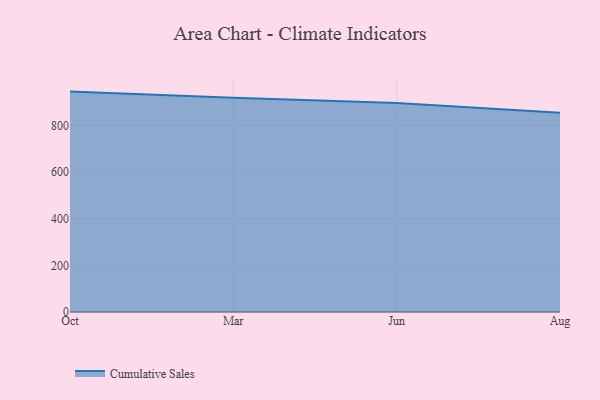
{"axis": {"x": "Month", "y": "Churn Rate (%)"}, "legend": ["Cumulative Sales"], "data": [{"x": "Oct", "y": 944.8, "type": "Cumulative Sales"}, {"x": "Mar", "y": 918.7, "type": "Cumulative Sales"}, {"x": "Jun", "y": 896.1, "type": "Cumulative Sales"}, {"x": "Aug", "y": 854.2, "type": "Cumulative Sales"}]}